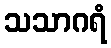
သသာဂရံ